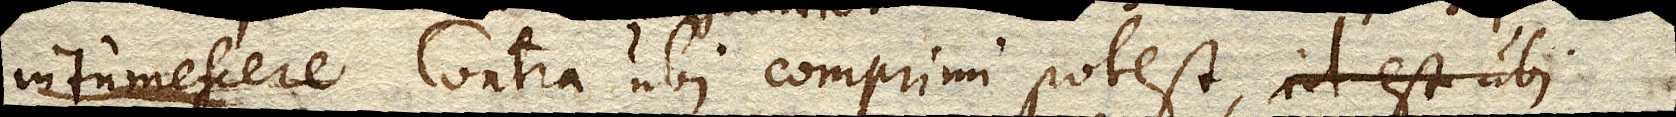
intumescere Contra ubi comprimi potest, id est ubi